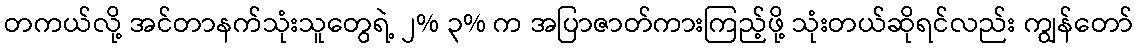
တကယ်လို့ အင်တာနက်သုံးသူတွေရဲ့ ၂% ၃% က အပြာဇာတ်ကားကြည့်ဖို့ သုံးတယ်ဆိုရင်လည်း ကျွန်တော်